Bréfritari: Sigríður Pálsdóttir
Viðtakandi: Páll Pálsson
Dagsetning: A-1867-01-13
Skrifað á: Breiðabólsstað  Rang.
Páll var bróðir Sigríðar

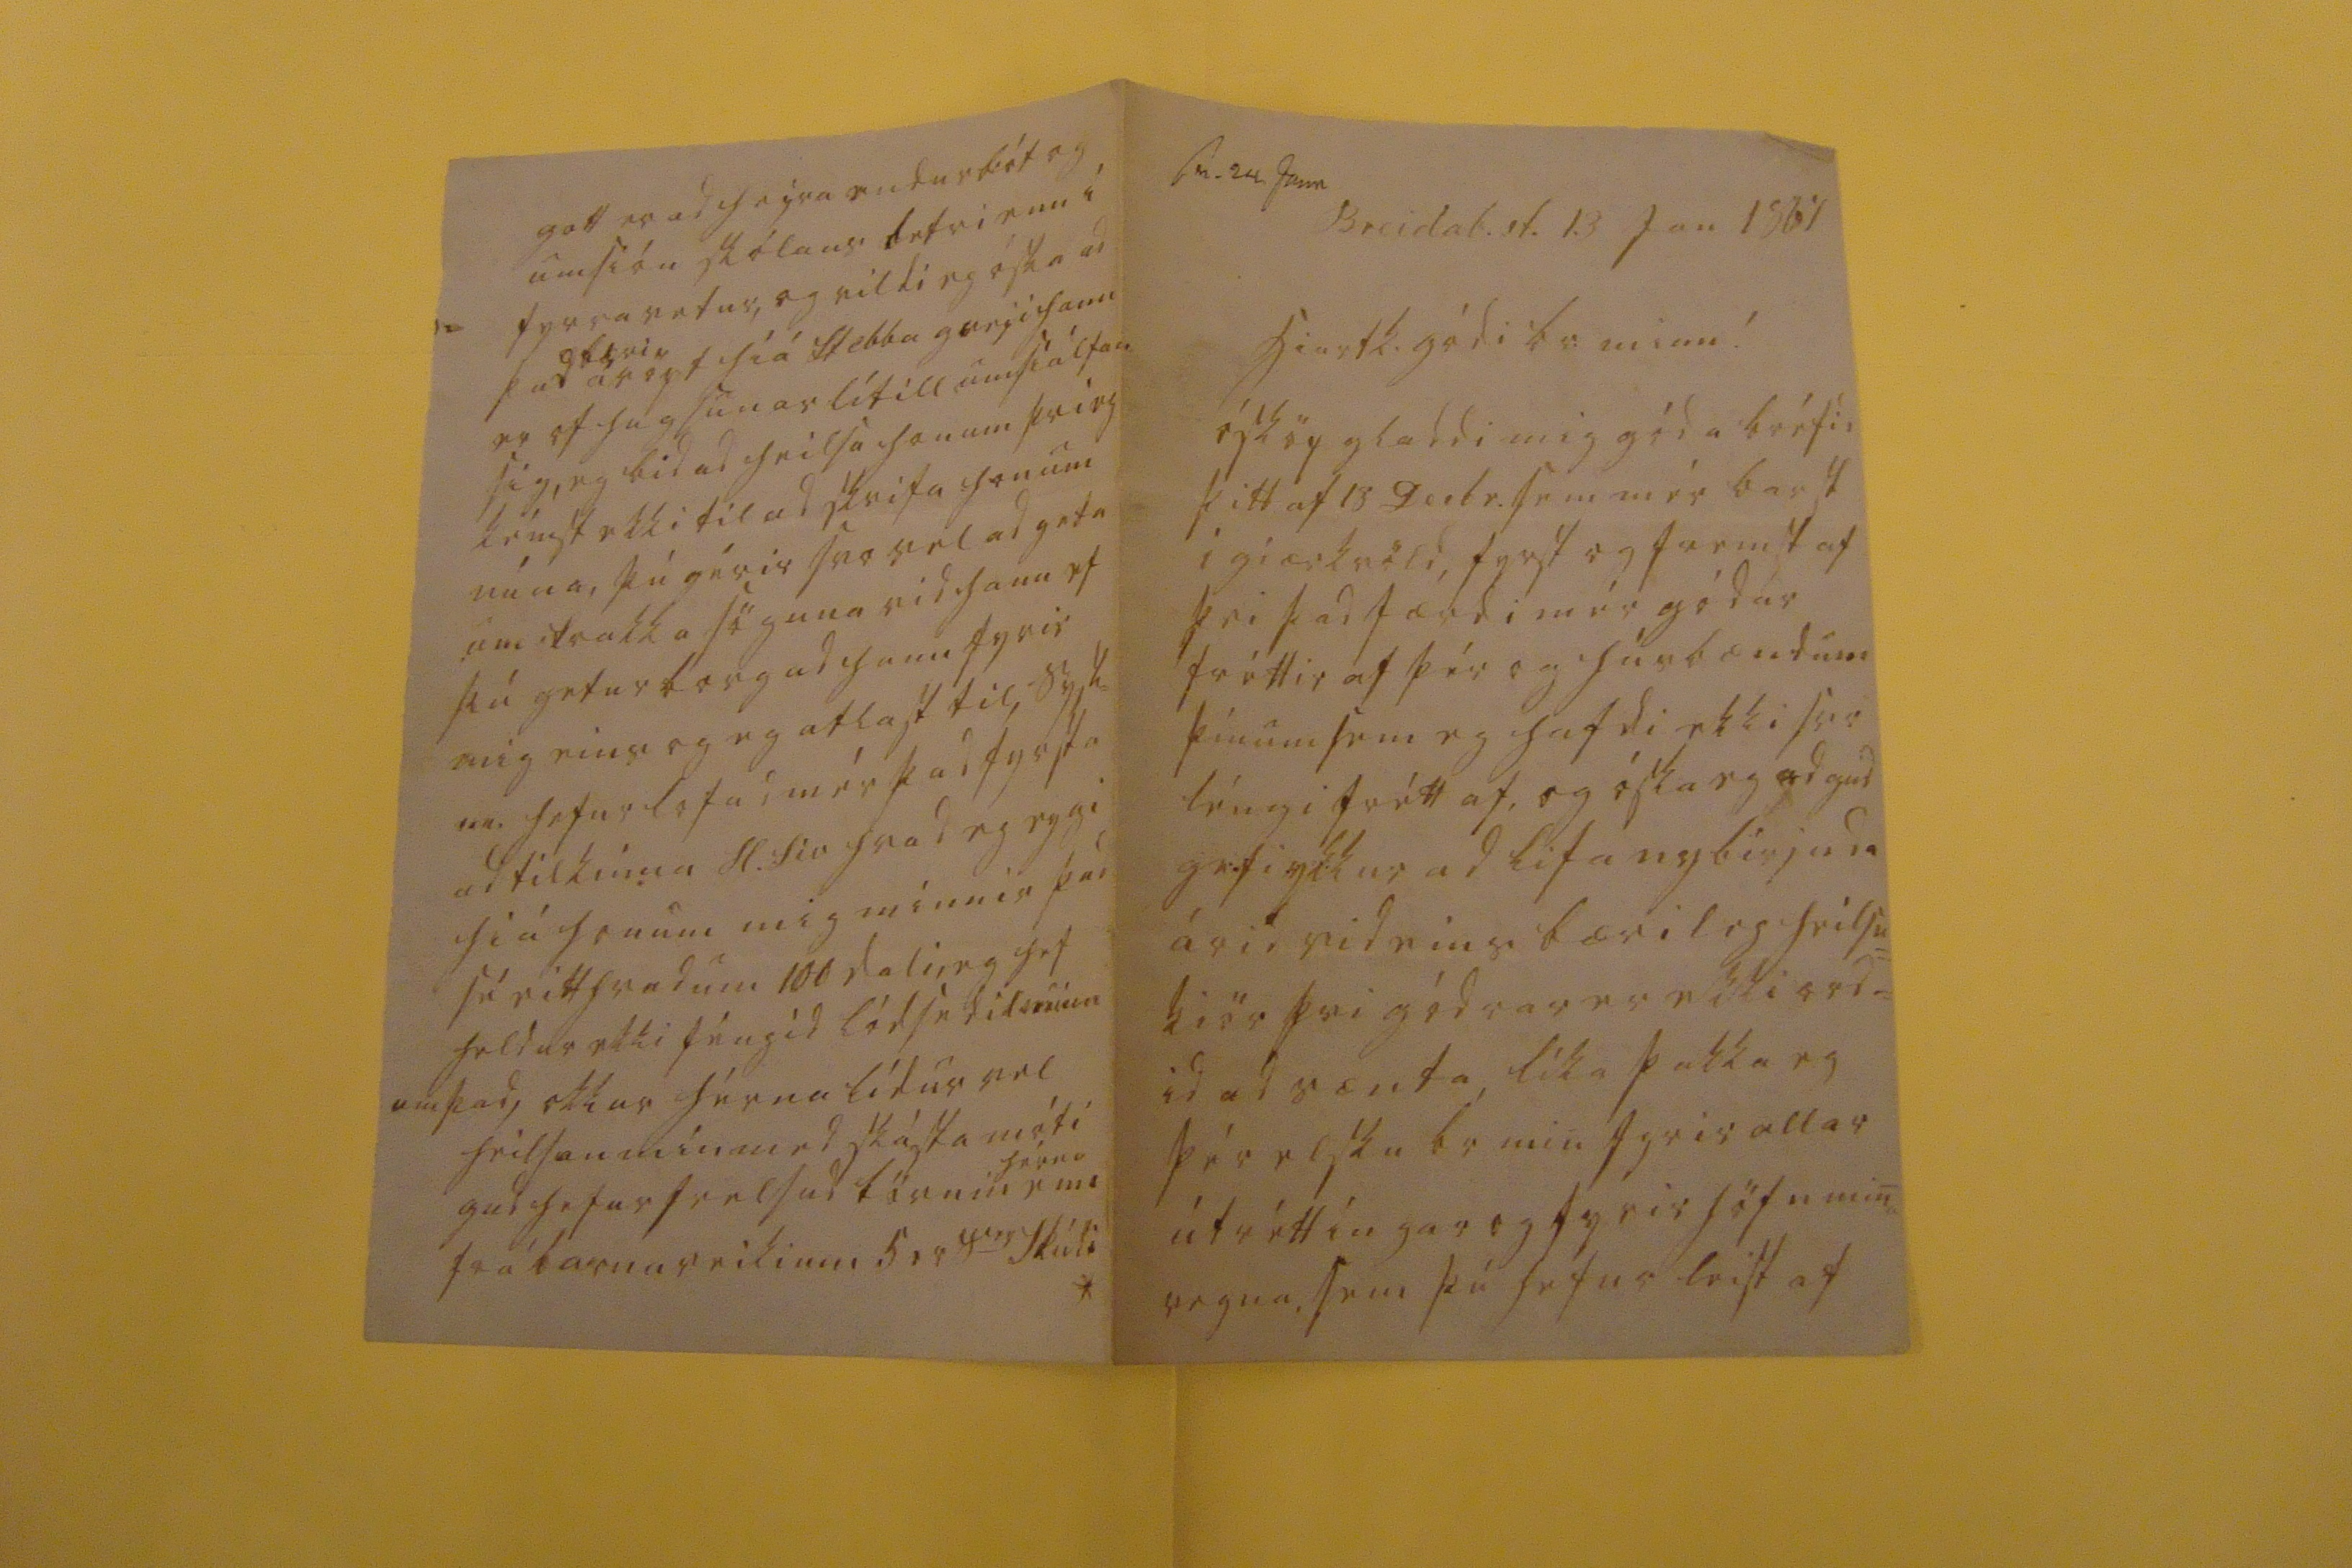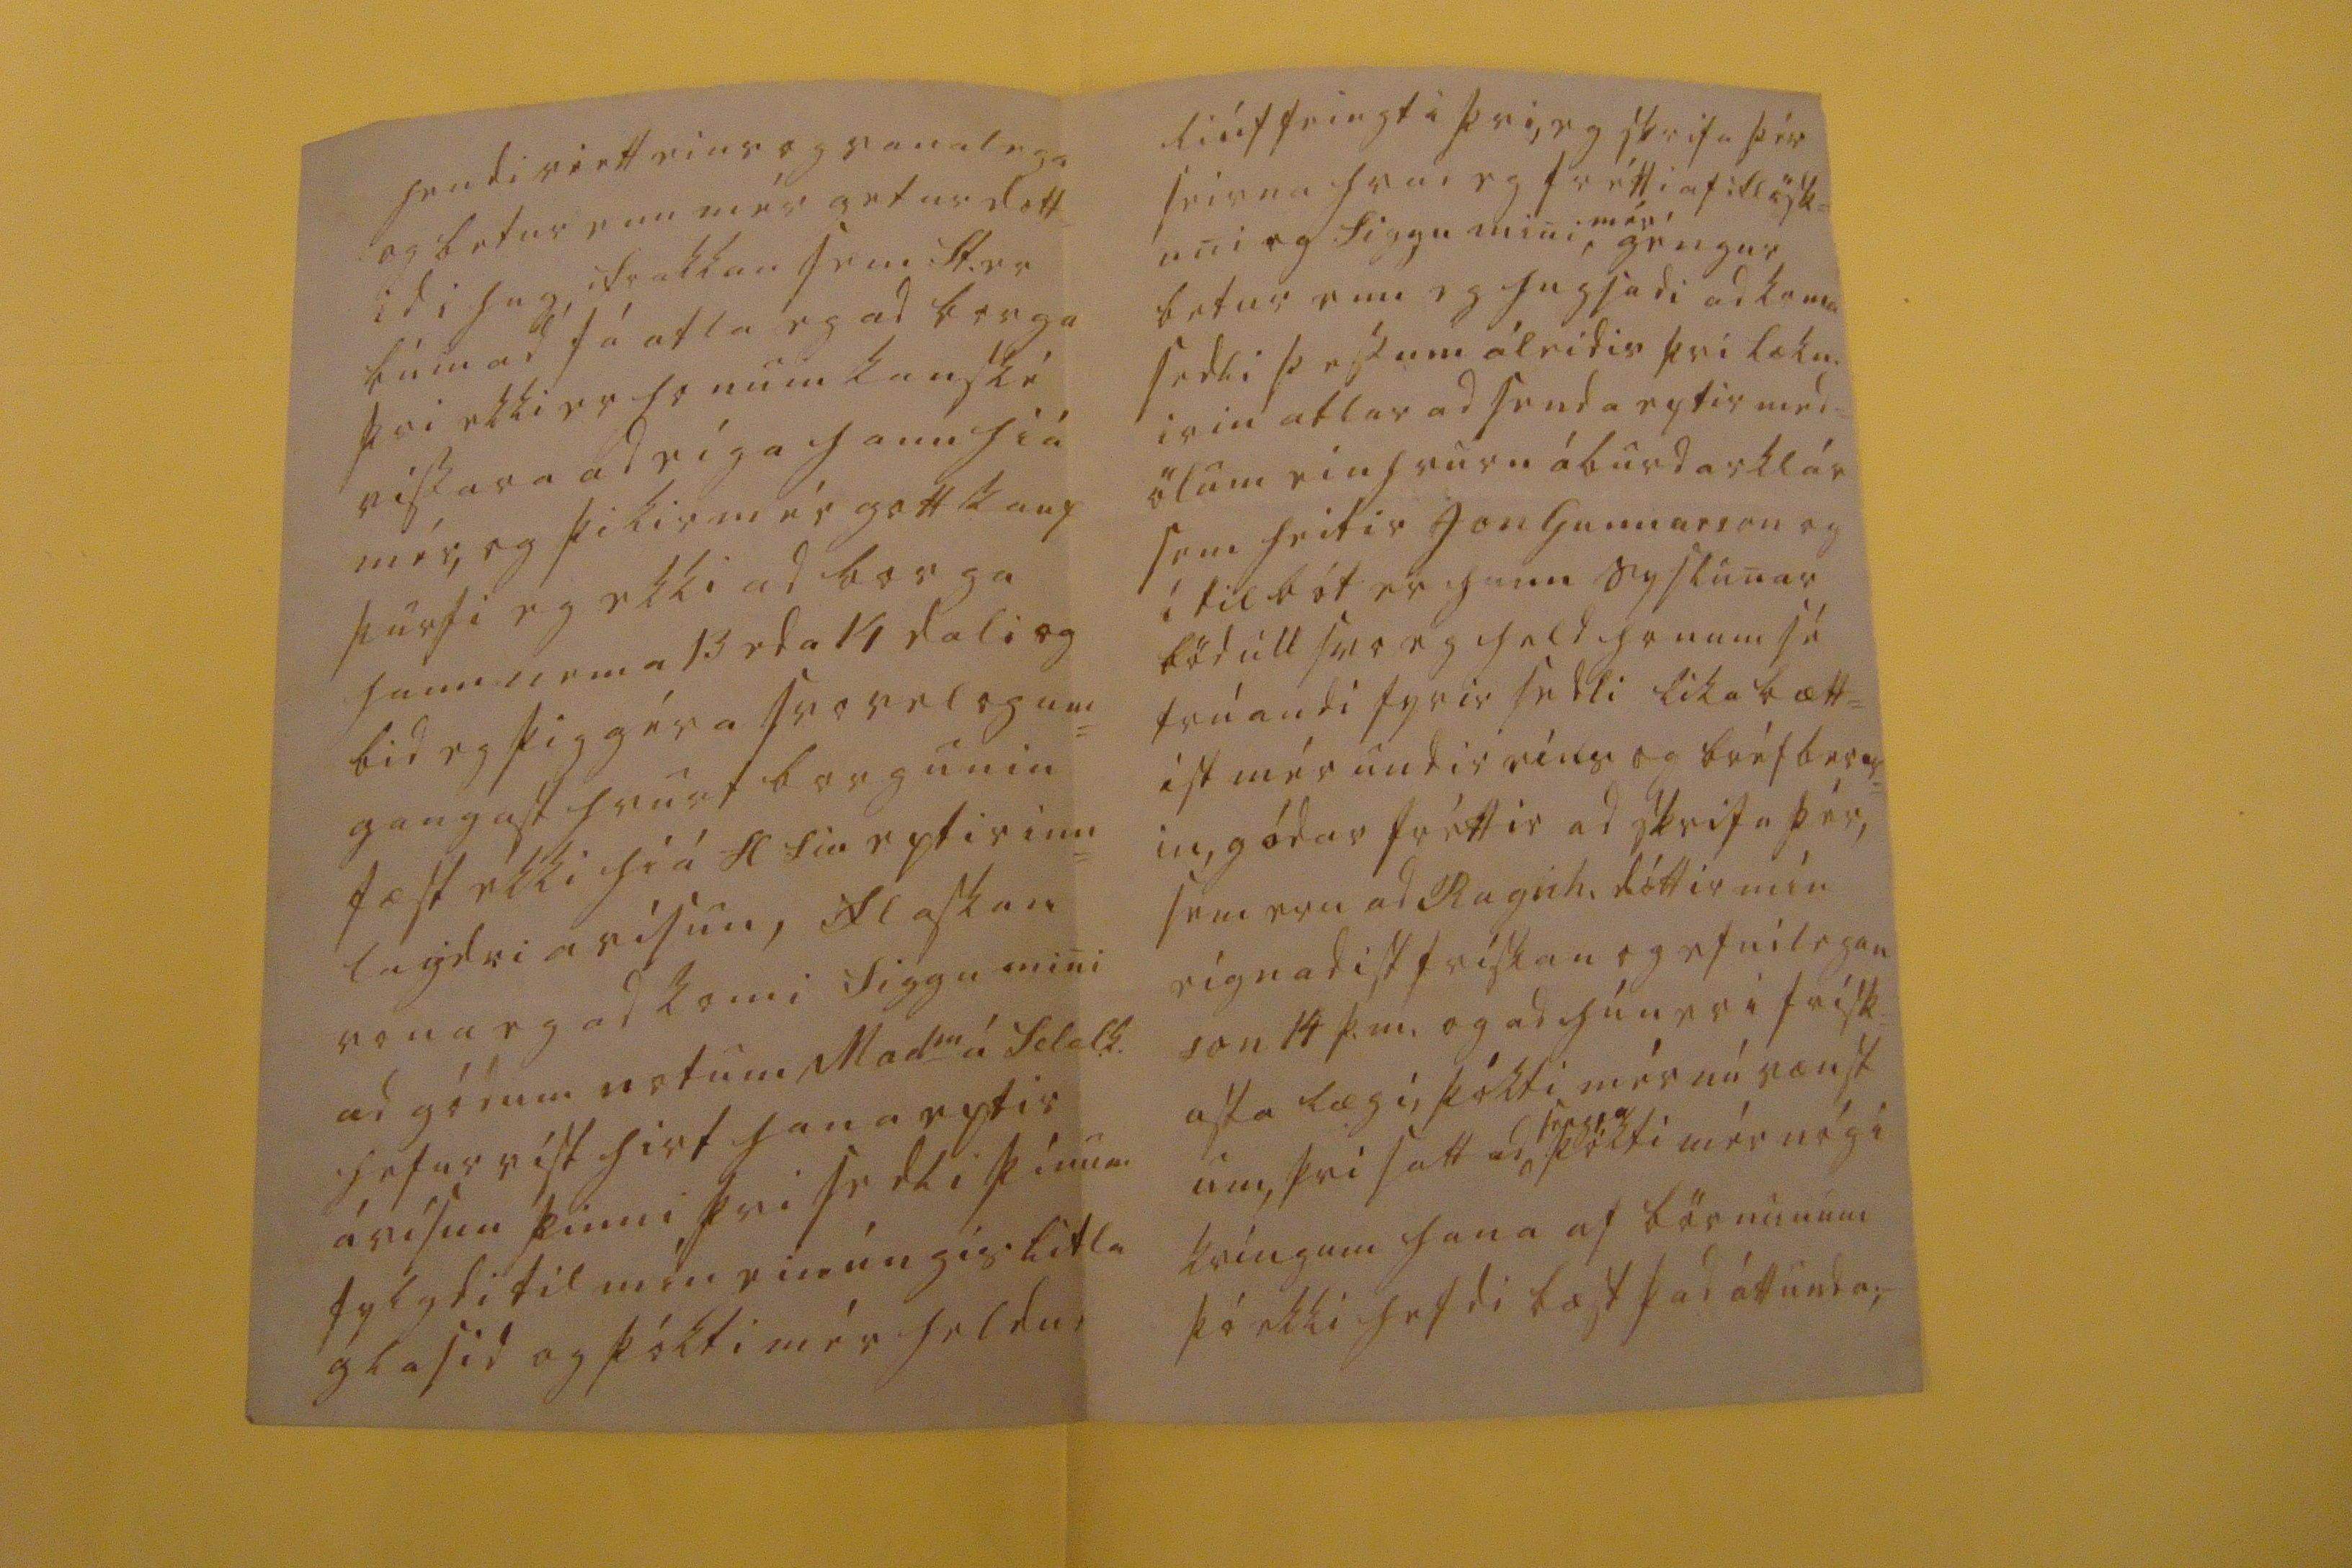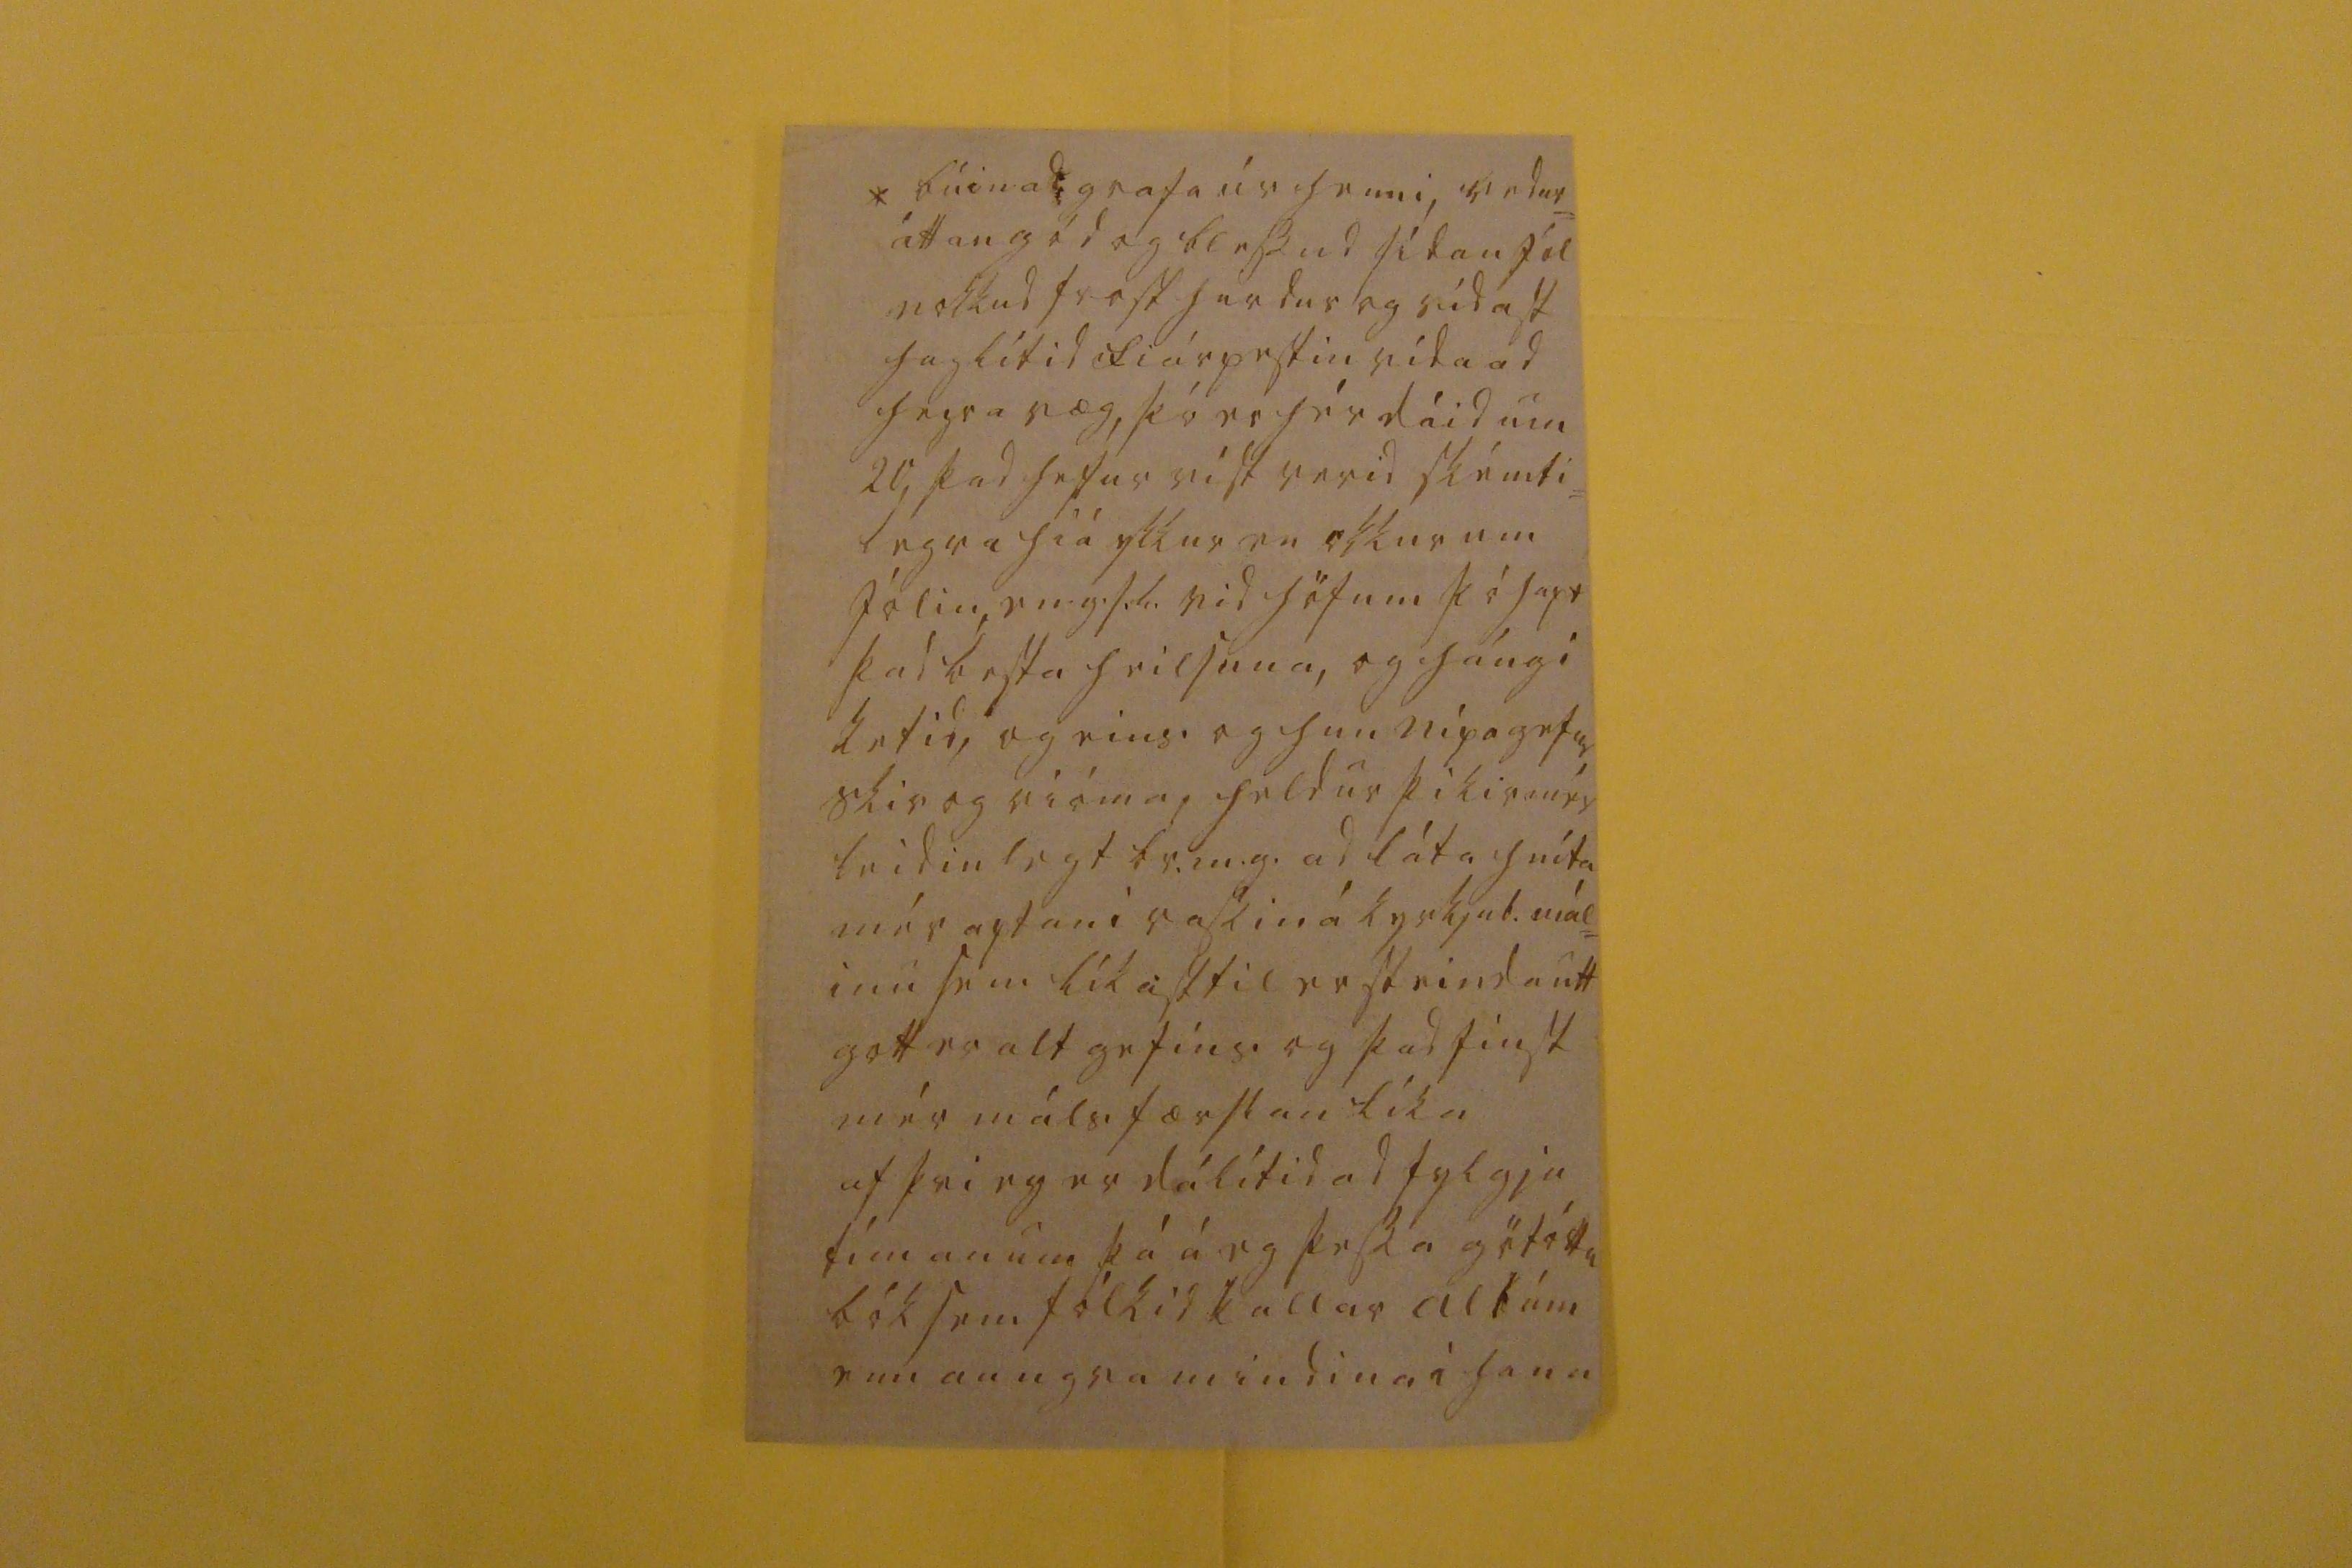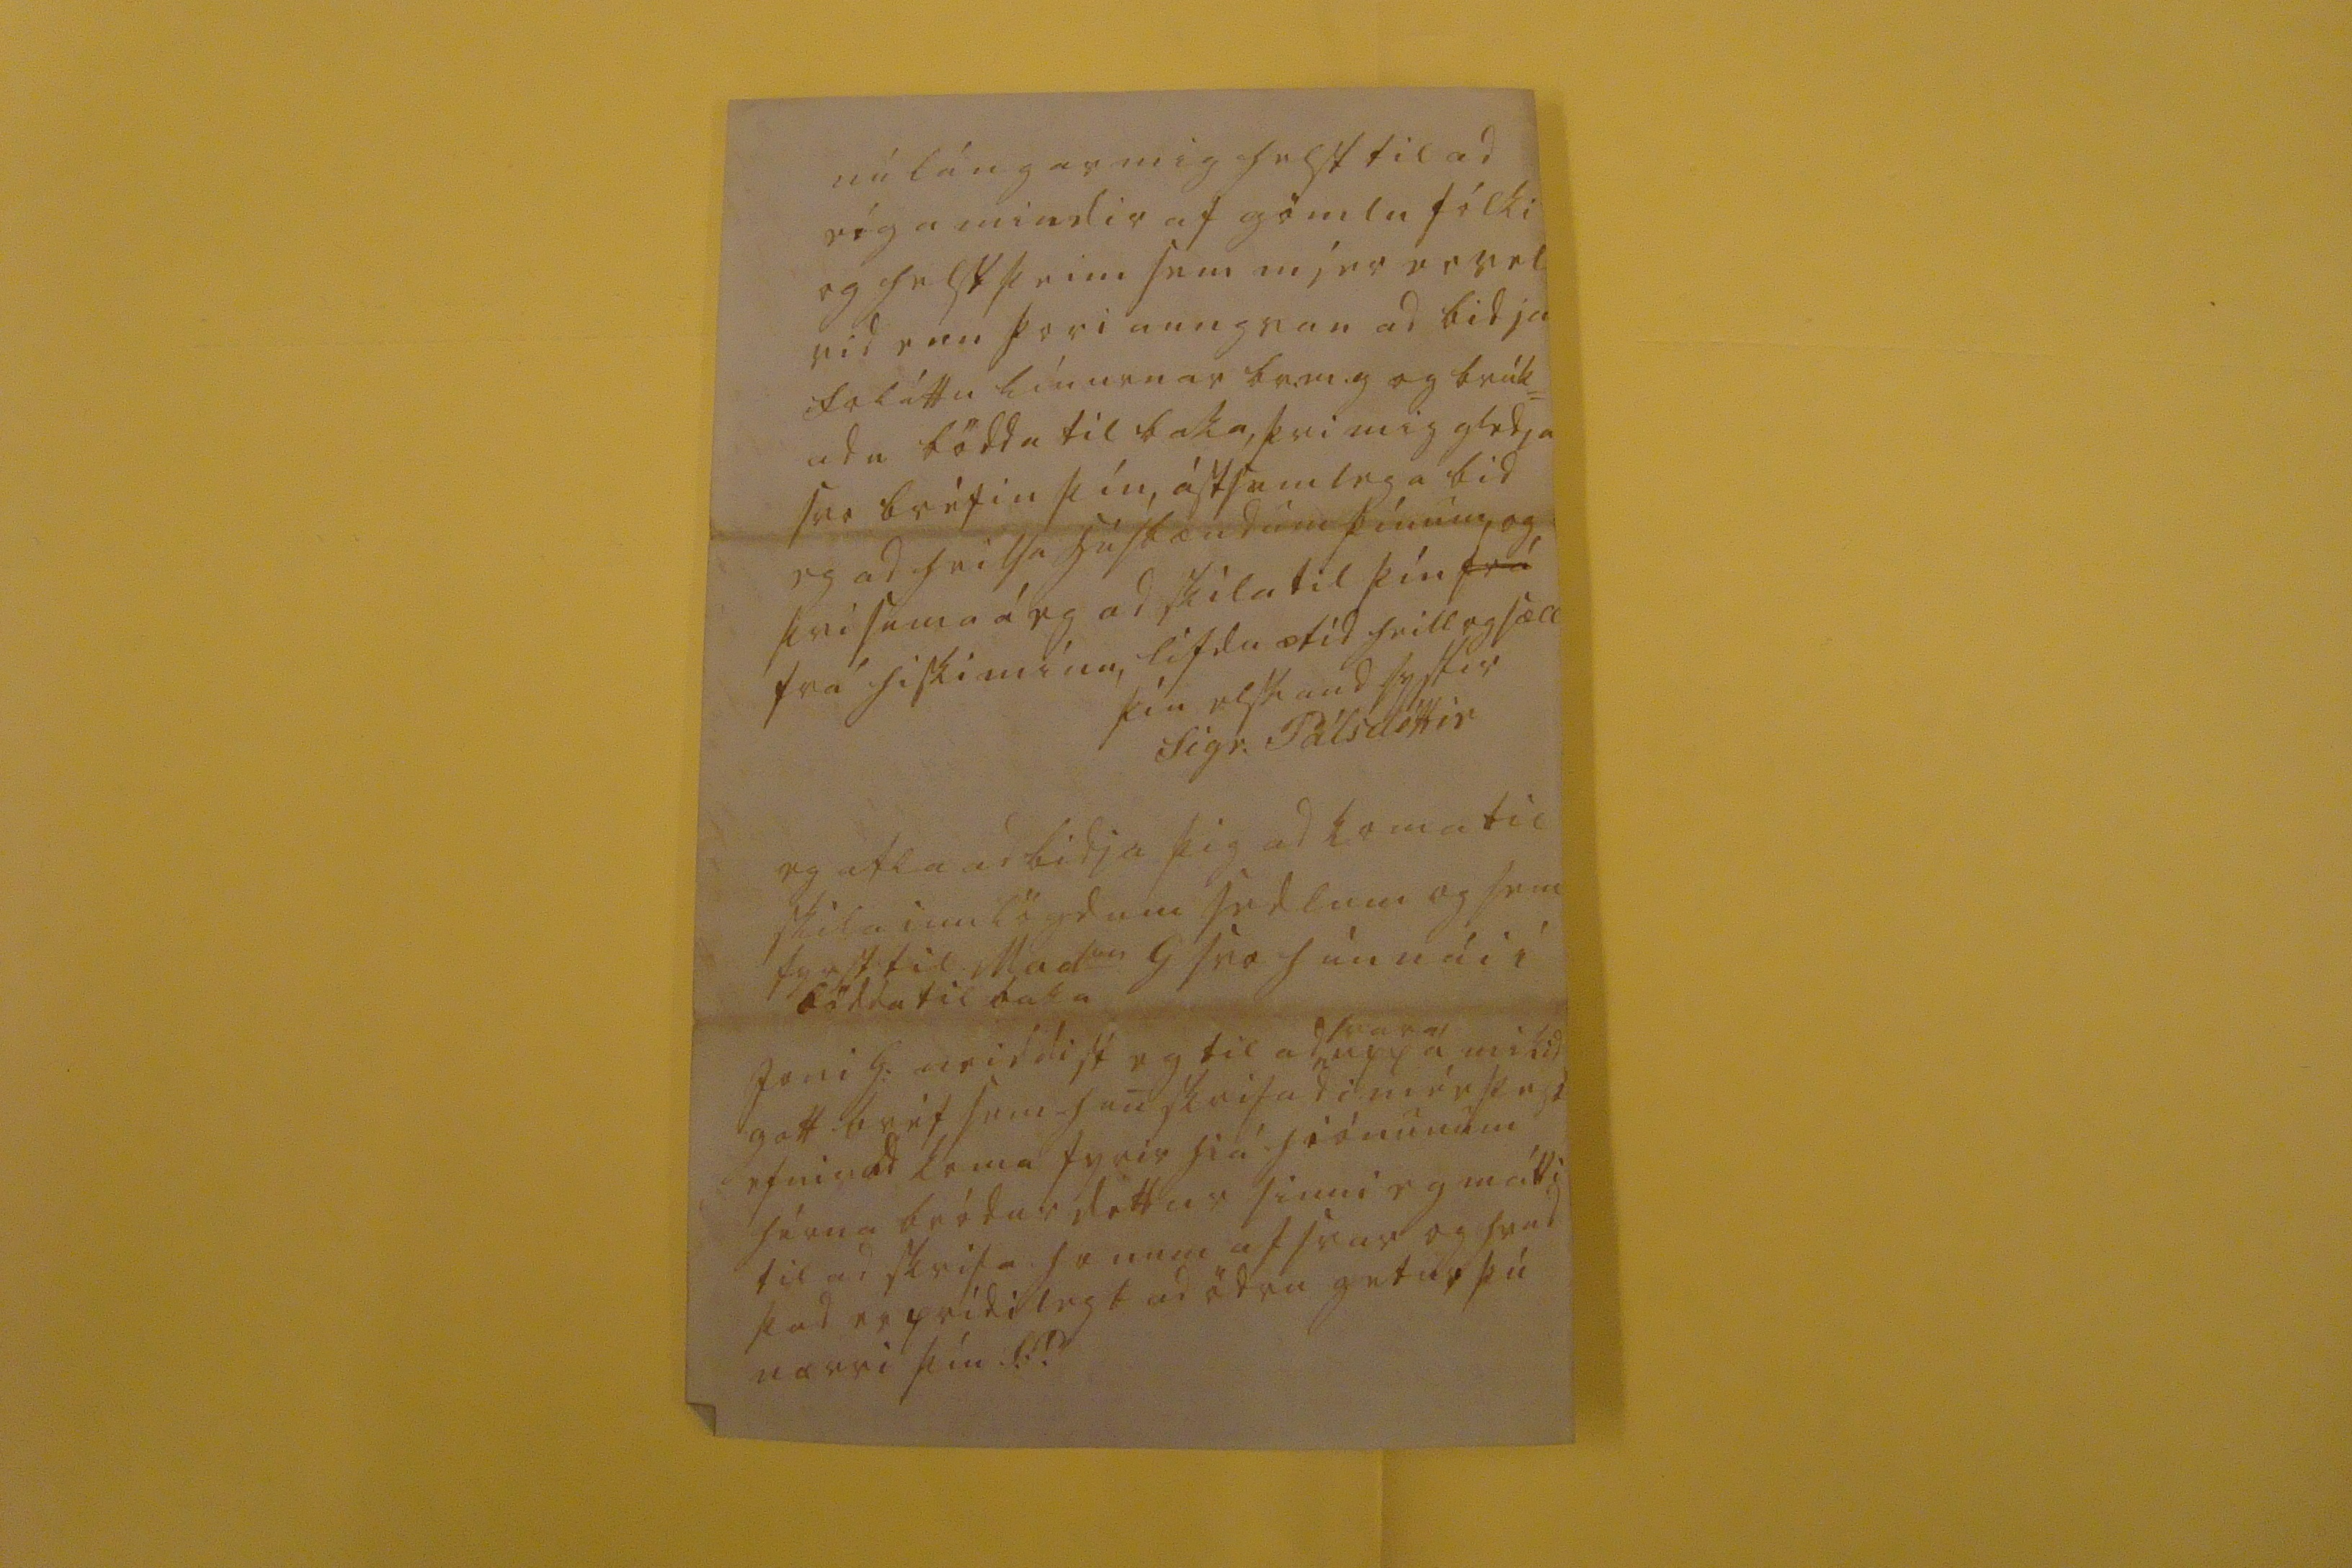

sv. 24 janr
Breidab.st. 13 Jan 1867
hiartk. gódi br. minn!
ósköp gladdi mig góda bréfid þitt af 13 Decbr. sem mér barst i giærkvöld, fyrst og fremst af þvi þad færdi mér gódar fréttir af þér og húsbændum þínum sem eg hafdi ekki svo léngi frétt af, og óska eg ad gud gefi ykkur ad lifa nybirjada árid vid eins bærileg heilsu= kiör þvi gódrar er ekki ord= id ad vænta, líka þakka eg þér elsku br min fyrir allar útréttíngar og fyrirhöfn mina vegna, sem þú hefur leist af
hendi riett eins og vanalega og betur enn mér getur dott= id i hug, frakkan sem St. er búin ad fá atla eg ad borga þvi ekki er honum kanské vissara ad eíga hann hiá mér, og þikir mér gott kaup þurfi eg ekki ad borga hann nema 13 eda 14 dali og bid eg þig géra svo vel og um= gangast hvurt borgunin fæst ekki hiá H Siv eptir inn= lægdri avísun, flaskan vona eg ad komi Siggu mini ad gódum notum Mad
m
á Selal:k. hefur víst hirt hana eptir ávísun þinni þvi sedli þínum fylgdi til mín einúngis litla glasid og þókti mér heldur
liúffeingt i þvi, eg skrifa þér seirna hvad eg frétti af flösk= uni og Siggu mini,
mér
géngur betur enn eg hugsadi ad koma sedli þessum áleidis þvi lækn. irin atlar ad senda eptir med= ölum einhvurn áburdarklár sem heitir Jon Gunnarson og í til bót er hann syslunar bödull svo eg held honum sé trúandi fyrir sedli líka bætt= ist mér undir eins og bréfberar= in, gódar fréttir ad skrifa þér, sem eru ad Ragnh. dóttir mín eignadist frískan og efnilegan son 14 þ.m. og ad hún er i frísk= asta lægi, þókti mér nú vænst um, þvi satt ad
seigja
þókti mér nóg i kríngum hana af börnunum þó ekki hefdi bæst þad áttunda;-
gott er ad heyra endurbót og umsión skólans betri enn í fyrravetur, og vildi eg óska ad þad
beri
ávöxt hiá stebba greji hann er of hugsunar lítill um siálfan sig, eg bid ad heilsa honum þvi eg kémst ekki til ad skrifa honum núna, þú gérir svo vel ad geta um frakka söguna vid hann ef þú getur borgad hann fyrir mig eins og eg atlast til, sysl= m. hefur lofad mér þad fyrsta ad tilkinna H.Siv hvad eg eygi hiá honum mig mínnir þad sé eitthvad um 100 dali, eg hef heldur ekki féngid lódsedil minn um þad, okkur hérna lídur vel heilsan mín med skásta móti gud hefur frelsad börnin
hérna
enn frá barnaveikinni 5 er s
er
Skúli*
* búin ad grafa úr henni, vedur= áttan gód og blessud sídan jól nokkud frost hardur og vídast haglítid fiárpestin vída ad heyra væg, þó er hér dáid um 20, þad hefur víst verid skémti= legra hiá ykkur en okkur um jólin, en g.s.l. vid höfum þó hapt þad besta heilsuna, og hángi ketid, og eins og hun nípa gefur skir og rióma, heldur þikir mér leidinlegt br.m.g. ad láta hníta mér aptan i vaskin á kyrkjub. mál= inu sem líkast til er steindautt gott er alt gefíns og þad finst mér málsfærslan líka af þvi eg er dálítid ad fylgja tímanum þá á eg þessa götótta bók sem fólkid kallar albúm enn aungva mindina i hana
nú lángar mig helst til ad eíga mindir af gömlu fólki og helst þeim sem mjer er vel vid enn þori aungvar ad bidja foláttu línurnar br.m.g. og brúk= adu böddu til baka, þvi mig gledja svo bréfin þín ástsamlega bid eg ad heilsa húsbændum þínum, og þvi sama á eg ad skila til þín
frá
frá hiski mínu, lifdu ætíd heill og sæll
þín elskand systir
Sigr. Pálsdóttir
eg atla ad bidja þig ad koma til skila innlögdum sedlum og sem fyrst til Mads
m
G svo hún nái í bödda til baka Joni G. neiddist eg til ad
svara
upp á mikid gott bréf sem han skrifadi mér þess efnis ad koma fyrir hiá hiónunum hérna bródurdóttur sinni eg mátti til ad skrifa honum afsvar og hvad þad er prídilegt ad ödru getur þú nærri þín S:P